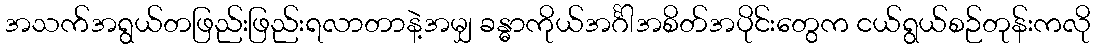
အသက်အရွယ်တဖြည်းဖြည်းရလာတာနဲ့အမျှ ခန္ဓာကိုယ်အင်္ဂါအစိတ်အပိုင်းတွေက ငယ်ရွယ်စဉ်တုန်းကလို